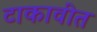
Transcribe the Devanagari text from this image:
टाकावीत